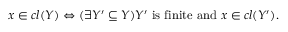
x \in c l ( Y ) \Leftrightarrow ( \exists Y ^ { \prime } \subseteq Y ) Y ^ { \prime } { \mathrm { ~ i s ~ f i n i t e ~ a n d ~ } } x \in c l ( Y ^ { \prime } ) .